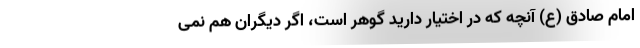
امام صادق (ع) آنچه که در اختیار دارید گوهر است، اگر دیگران هم نمی